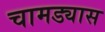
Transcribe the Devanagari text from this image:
चामड्यास